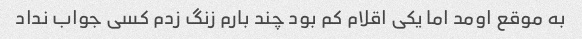
به موقع اومد اما یکی اقلام کم بود چند بارم زنگ زدم کسی جواب نداد